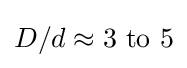
{\textstyle D/d\approx 3{\text{ to }}5}